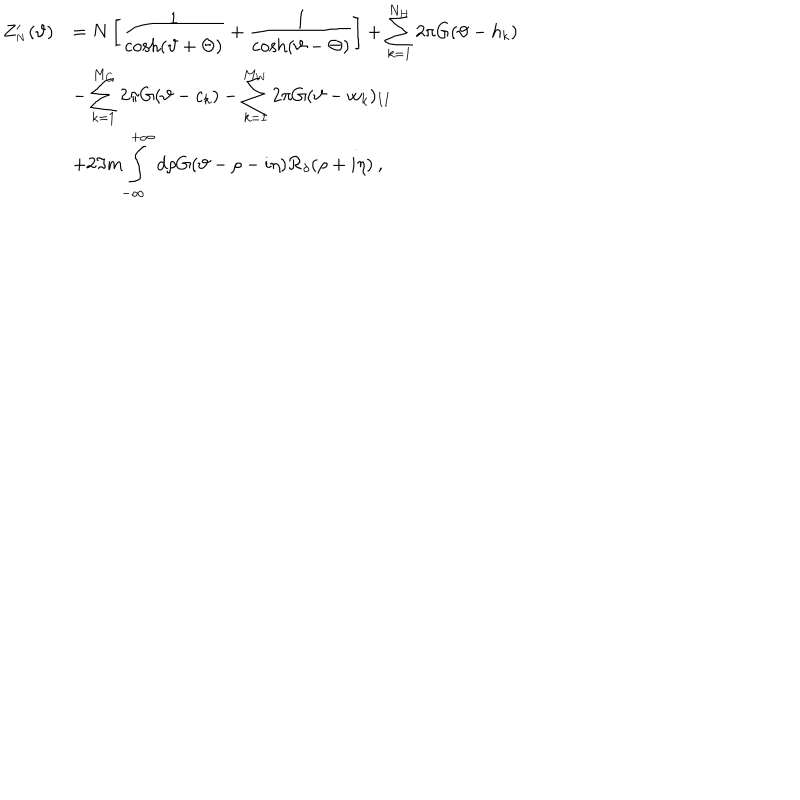
LaTeX: \begin{array} { r l } { { \displaystyle Z _ { _ { N } } ^ { \prime } ( \vartheta ) } } & { { = N \left[ \displaystyle \frac { 1 } { \cosh ( \vartheta + \Theta ) } + \displaystyle \frac { 1 } { \cosh ( \vartheta - \Theta ) } \right] + \displaystyle \sum _ { k = 1 } ^ { N _ { H } } 2 \pi G ( \vartheta - h _ { k } ) } } \\ { { } } & { { - \displaystyle \sum _ { k = 1 } ^ { M _ { C } } 2 \pi G ( \vartheta - c _ { k } ) - \displaystyle \sum _ { k = 1 } ^ { M _ { W } } 2 \pi G ( \vartheta - w _ { k } ) _ { I I } } } \\ { { } } & { { + 2 \Im m \displaystyle \int _ { - \infty } ^ { + \infty } d \rho G ( \vartheta - \rho - i \eta ) { \cal R } _ { \delta } ( \rho + i \eta ) \: , } } \\ \end{array}